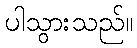
ပါသွားသည်။